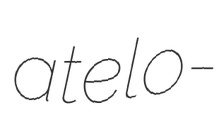
atelo-